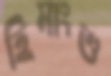
হিমাংশু